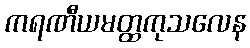
ကရဏီယမတ္ထကုသလေန